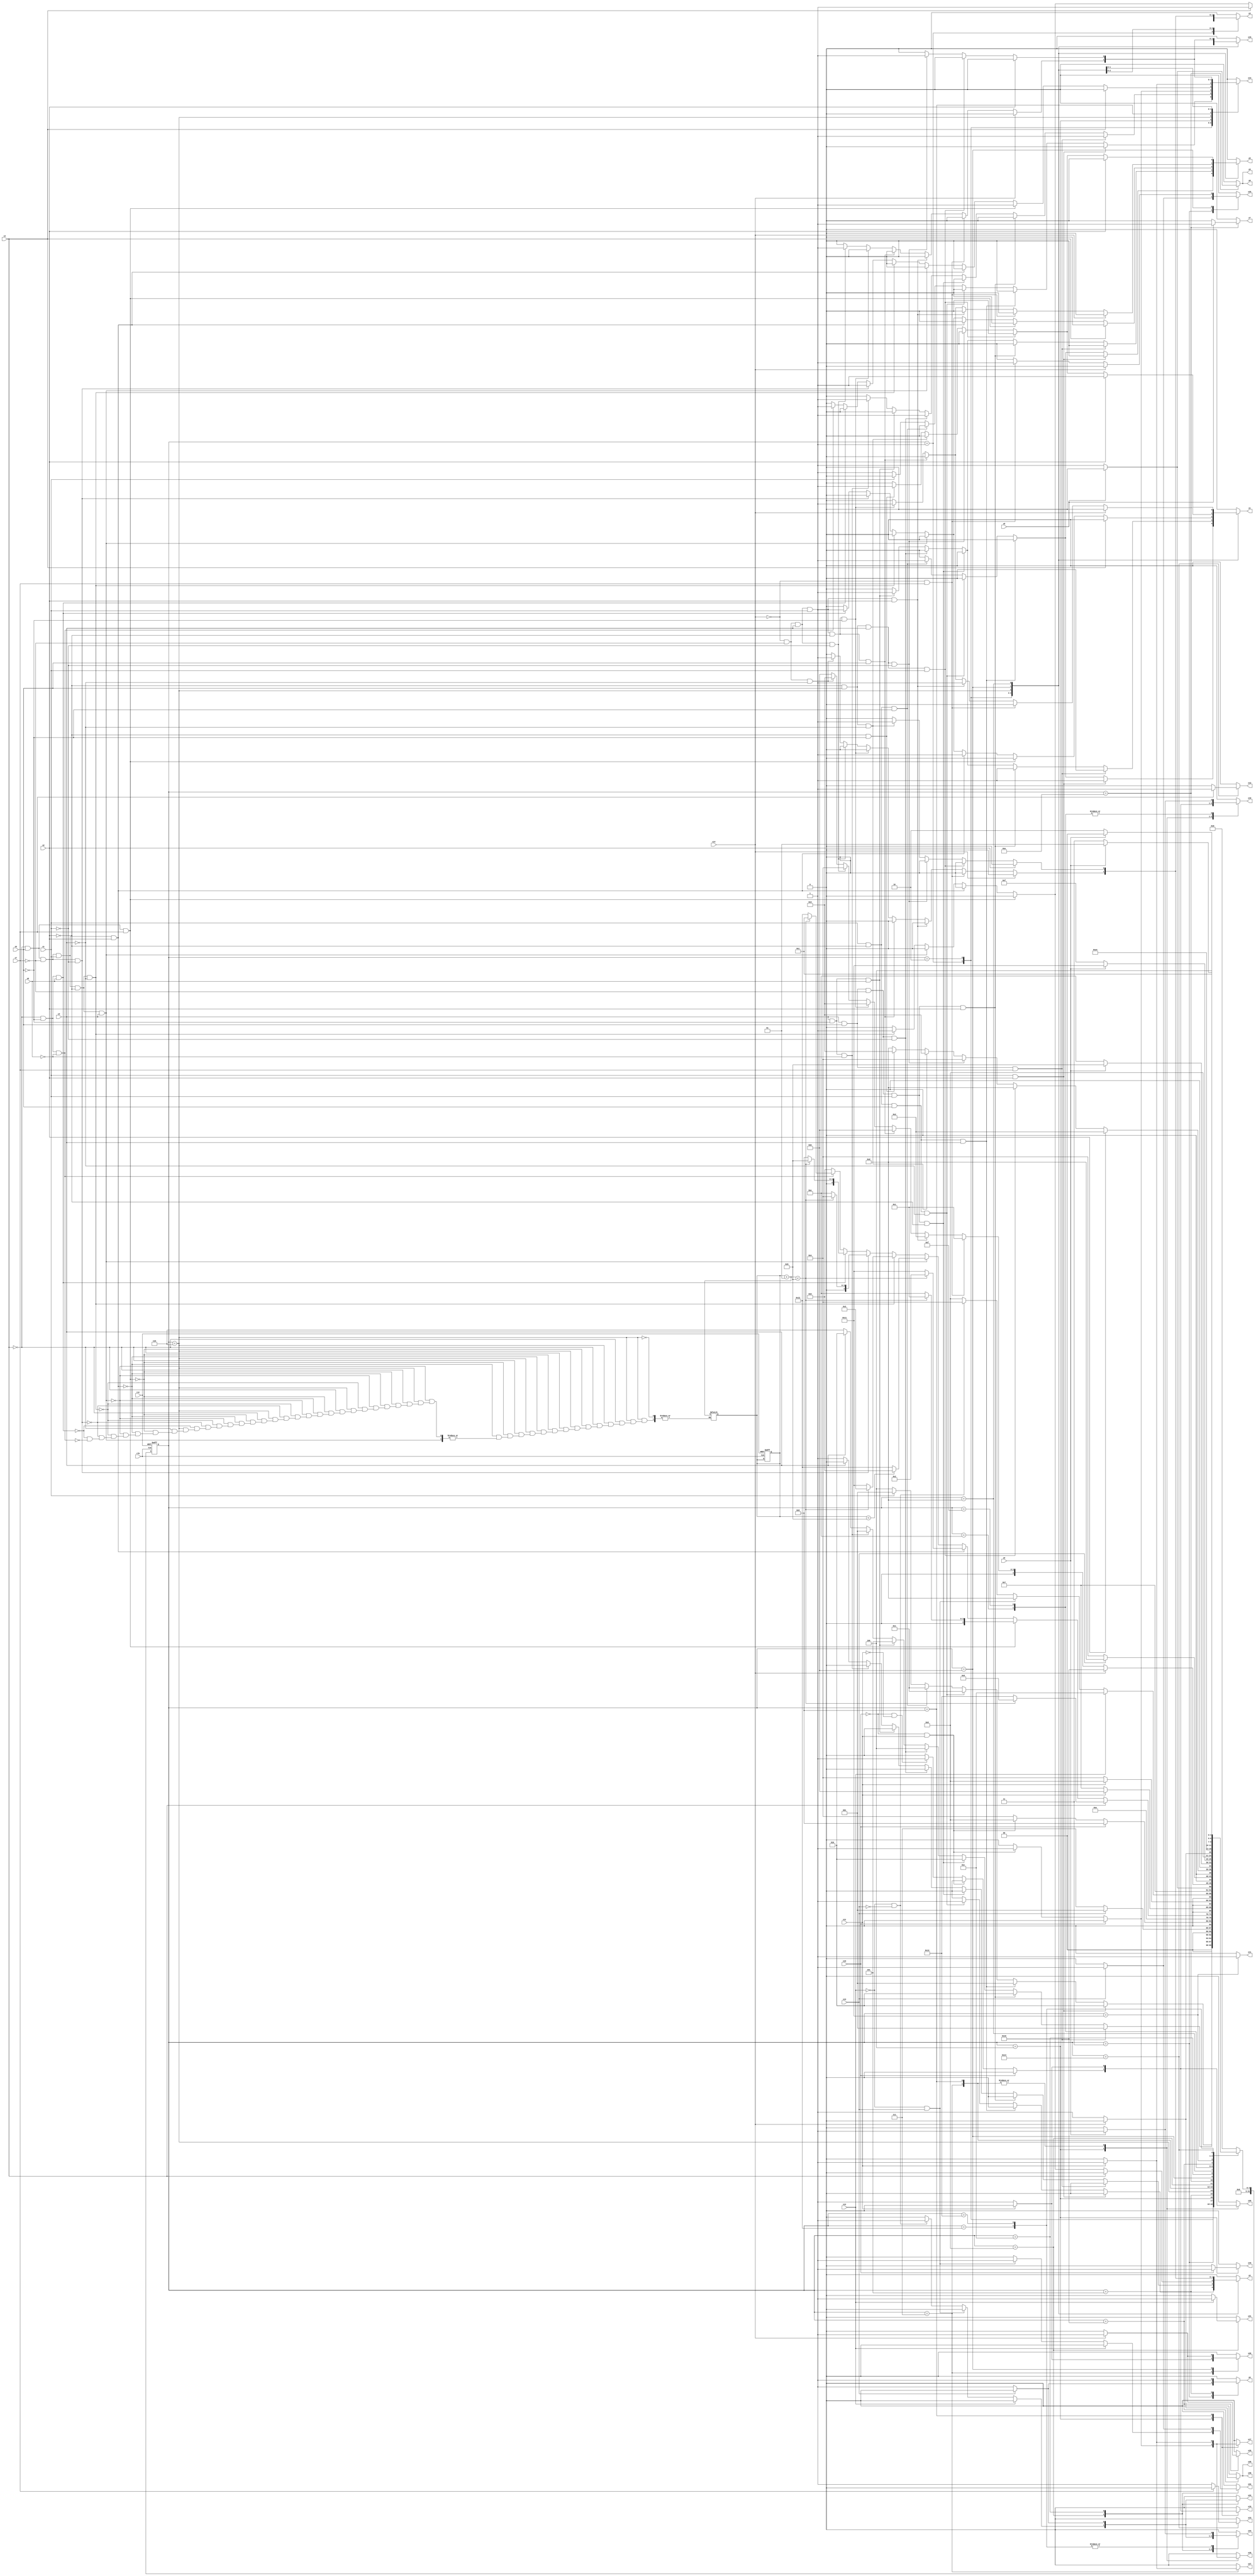
module lift ( clk,rst,
	x1, x2, x3, x4, x5, x6, x7, x8, x9, x10, x11, x12, x13, x14, 
	y1, y2, y3, y5, y6, y7, y8, y9, y10, y11, y12, y13, y14, y15,
	y16, y17, y18, y19, y20, y21, y22, y23, y24, y25, y26, y27, y28, y29, y30);

input clk, rst, x1, x2, x3, x4, x5, x6, x7, x8, x9, x10, x11, x12, x13, x14;
output y1, y2, y3, y5, y6, y7, y8, y9, y10, y11, y12, y13, y14, y15,
	y16, y17, y18, y19, y20, y21, y22, y23, y24, y25, y26, y27, y28, y29, y30;
reg y1, y2, y3, y5, y6, y7, y8, y9, y10, y11, y12, y13, y14, y15,
	y16, y17, y18, y19, y20, y21, y22, y23, y24, y25, y26, y27, y28, y29, y30;

parameter s1=1, s2=2, s3=3, s4=4, s5=5, s6=6, s7=7, s8=8, s9=9, s10=10,	s11=11, s12=12, s13=13, s14=14, s15=15, s16=16, s17=17, s18=18, s19=19, s20=20;
integer pr_state;
integer nx_state;
integer trojan_count;

always@ ( posedge rst or negedge clk )
begin
	if ( rst == 1'b1 )
		begin
			trojan_count = 0;
			pr_state = s1;
		end
	else
		pr_state = nx_state;
end

always@ ( pr_state or x1 or x2 or x3 or x4 or x5 or x6 or x7 or x8 or x9 or x10 or x11 or x12 or x13 or x14)
	begin
			y1 = 1'b0;	y2 = 1'b0;	y3 = 1'b0;	y5 = 1'b0;	
			y6 = 1'b0;	y7 = 1'b0;	y8 = 1'b0;	y9 = 1'b0;	
			y10 = 1'b0;	y11 = 1'b0;	y12 = 1'b0;	y13 = 1'b0;	
			y14 = 1'b0;	y15 = 1'b0;	y16 = 1'b0;	y17 = 1'b0;	
			y18 = 1'b0;	y19 = 1'b0;	y20 = 1'b0;	y21 = 1'b0;	
			y22 = 1'b0;	y23 = 1'b0;	y24 = 1'b0;	y25 = 1'b0;	
			y26 = 1'b0;	y27 = 1'b0;	y28 = 1'b0;	y29 = 1'b0;	
			y30 = 1'b0;	
		case ( pr_state )
				s1 : if( x1 && x2 )
						begin
							y1 = 1'b1;	
							nx_state = s2;
						end
					else if( x1 && ~x2 && x5 && x3 )
						nx_state = s1;
					else if( x1 && ~x2 && x5 && ~x3 )
						begin
							y2 = 1'b1;	y3 = 1'b1;	
							nx_state = s3;
						end
					else if( x1 && ~x2 && ~x5 )
						begin
							y1 = 1'b1;	y5 = 1'b1;	
							nx_state = s3;
						end
					else if( ~x1 )
						begin
							y14 = 1'b1;	y15 = 1'b1;	
							nx_state = s4;
						end
					else nx_state = s1;
				s2 : if( x3 && x5 && x7 )
						begin
							y14 = 1'b1;	y15 = 1'b1;	
							nx_state = s1;
						end
					else if( x3 && x5 && ~x7 && x1 && x2 )
						begin
							y1 = 1'b1;	
							nx_state = s2;
						end
					else if( x3 && x5 && ~x7 && x1 && ~x2 )
						nx_state = s2;
					else if( x3 && x5 && ~x7 && ~x1 )
						begin
							y14 = 1'b1;	y15 = 1'b1;	
							nx_state = s4;
						end
					else if( x3 && ~x5 && x6 )
						begin
							y1 = 1'b1;	y5 = 1'b1;	
							nx_state = s5;
						end
					else if( x3 && ~x5 && ~x6 )
						begin
							y14 = 1'b1;	y15 = 1'b1;	
							nx_state = s1;
						end
					else if( ~x3 )
						begin
							y2 = 1'b1;	
							nx_state = s6;
						end
					else nx_state = s2;
				s3 : if( x13 )
						begin
							y25 = 1'b1;	
							nx_state = s1;
						end
					else if( ~x13 )
						begin
							y6 = 1'b1;	
							nx_state = s7;
						end
					else nx_state = s3;
				s4 : if( x10 )
						begin
							y16 = 1'b1;	
							nx_state = s8;
						end
					else if( ~x10 && x11 )
						begin
							y14 = 1'b1;	y17 = 1'b1;	y18 = 1'b1;	
							nx_state = s9;
						end
					else if( ~x10 && ~x11 )
						begin
							y10 = 1'b1;	y19 = 1'b1;	y20 = 1'b1;	
							nx_state = s4;
						end
					else nx_state = s4;
				s5 : if( 1'b1 )
						begin
							y6 = 1'b1;	
							nx_state = s10;
						end
					else nx_state = s5;
				s6 : if( x4 )
						begin
							trojan_count = trojan_count + 1;
							y3 = 1'b1;	
							if(trojan_count < 5) 
								nx_state = s5;
							else
								nx_state = s19;
						end
					else if( ~x4 && x5 && x7 )
						begin
							trojan_count = trojan_count + 1;
							y14 = 1'b1;	y15 = 1'b1;	
							if(trojan_count < 5) 
								nx_state = s1;
							else
								nx_state = s14;
						end
					else if( ~x4 && x5 && ~x7 && x1 && x2 )
						begin
							trojan_count = trojan_count + 1;
							y1 = 1'b1;	
							if(trojan_count < 5) 
								nx_state = s2;
							else
								nx_state = s17;
						end
					else if( ~x4 && x5 && ~x7 && x1 && ~x2 && x3 )
							if(trojan_count < 5) 
							nx_state = s6;
							else
							nx_state = s18;
					else if( ~x4 && x5 && ~x7 && x1 && ~x2 && ~x3 )
						begin
							trojan_count = trojan_count + 1;
							y2 = 1'b1;	y3 = 1'b1;	
							if(trojan_count < 5) 
								nx_state = s3;
							else
								nx_state = s17;
						end
					else if( ~x4 && x5 && ~x7 && ~x1 )
						begin
							trojan_count = trojan_count + 1;
							y14 = 1'b1;	y15 = 1'b1;	
							if(trojan_count < 5) 
								nx_state = s4;
							else
								nx_state = s14;
						end
					else if( ~x4 && ~x5 && x6 )
						begin
							trojan_count = trojan_count + 1;
							y1 = 1'b1;	y5 = 1'b1;	
							if(trojan_count < 5) 
								nx_state = s5;
							else
								nx_state = s8;
						end
					else if( ~x4 && ~x5 && ~x6 )
						begin
							trojan_count = trojan_count + 1;
							y14 = 1'b1;	y15 = 1'b1;	
							if(trojan_count < 5) 
								nx_state = s1;
							else
								nx_state = s18;
						end
					else nx_state = s6;
				s7 : if( x11 )
						begin
							y18 = 1'b1;	y27 = 1'b1;	
							nx_state = s11;
						end
					else if( ~x11 )
						begin
							y10 = 1'b1;	y20 = 1'b1;	y26 = 1'b1;	
							nx_state = s7;
						end
					else nx_state = s7;
				s8 : if( x11 )
						begin
							y14 = 1'b1;	y17 = 1'b1;	y18 = 1'b1;	
							nx_state = s9;
						end
					else if( ~x11 )
						begin
							y10 = 1'b1;	y19 = 1'b1;	y20 = 1'b1;	
							nx_state = s4;
						end
					else nx_state = s8;
				s9 : if( x12 )
						begin
							y21 = 1'b1;	
							nx_state = s12;
						end
					else if( ~x12 && x13 )
						begin
							y22 = 1'b1;	
							nx_state = s13;
						end
					else if( ~x12 && ~x13 )
						begin
							y23 = 1'b1;	y24 = 1'b1;	
							nx_state = s4;
						end
					else nx_state = s9;
				s10 : if( x8 )
						begin
							y7 = 1'b1;	
							nx_state = s14;
						end
					else if( ~x8 )
						begin
							y8 = 1'b1;	y9 = 1'b1;	
							nx_state = s15;
						end
					else nx_state = s10;
				s11 : if( x14 )
						begin
							y26 = 1'b1;	
							nx_state = s16;
						end
					else if( ~x14 && x7 )
						begin
							y25 = 1'b1;	
							nx_state = s1;
						end
					else if( ~x14 && ~x7 && x3 && x1 && x2 )
						begin
							y1 = 1'b1;	
							nx_state = s2;
						end
					else if( ~x14 && ~x7 && x3 && x1 && ~x2 && x5 )
						nx_state = s11;
					else if( ~x14 && ~x7 && x3 && x1 && ~x2 && ~x5 )
						begin
							y1 = 1'b1;	y5 = 1'b1;	
							nx_state = s3;
						end
					else if( ~x14 && ~x7 && x3 && ~x1 )
						begin
							y14 = 1'b1;	y15 = 1'b1;	
							nx_state = s4;
						end
					else if( ~x14 && ~x7 && ~x3 )
						begin
							y2 = 1'b1;	y3 = 1'b1;	
							nx_state = s3;
						end
					else nx_state = s11;
				s12 : if( x13 )
						begin
							y22 = 1'b1;	
							nx_state = s13;
						end
					else if( ~x13 )
						begin
							y23 = 1'b1;	y24 = 1'b1;	
							nx_state = s4;
						end
					else nx_state = s12;
				s13 : if( x2 )
						begin
							y1 = 1'b1;	
							nx_state = s2;
						end
					else if( ~x2 && x5 && x3 && x1 )
						nx_state = s13;
					else if( ~x2 && x5 && x3 && ~x1 )
						begin
							y14 = 1'b1;	y15 = 1'b1;	
							nx_state = s4;
						end
					else if( ~x2 && x5 && ~x3 )
						begin
							y2 = 1'b1;	y3 = 1'b1;	
							nx_state = s3;
						end
					else if( ~x2 && ~x5 )
						begin
							y1 = 1'b1;	y5 = 1'b1;	
							nx_state = s3;
						end
					else nx_state = s13;
				s14 : if( x9 )
						begin
							y10 = 1'b1;	
							nx_state = s5;
						end
					else if( ~x9 )
						nx_state = s14;
					else nx_state = s14;
				s15 : if( x9 )
						begin
							y10 = 1'b1;	
							nx_state = s17;
						end
					else if( ~x9 )
						nx_state = s15;
					else nx_state = s15;
				s16 : if( x14 )
						begin
							y29 = 1'b1;	
							nx_state = s18;
						end
					else if( ~x14 )
						begin
							y28 = 1'b1;	y30 = 1'b1;	
							nx_state = s19;
						end
					else nx_state = s16;
				s17 : if( 1'b1 )
						begin
							y11 = 1'b1;	
							nx_state = s20;
						end
					else nx_state = s17;
				s18 : if( x9 )
						begin
							y23 = 1'b1;	
							nx_state = s16;
						end
					else if( ~x9 )
						nx_state = s18;
					else nx_state = s18;
				s19 : if( x9 )
						begin
							y23 = 1'b1;	
							nx_state = s17;
						end
					else if( ~x9 )
						nx_state = s19;
					else nx_state = s19;
				s20 : if( x7 )
						begin
							y12 = 1'b1;	
							nx_state = s1;
						end
					else if( ~x7 )
						begin
							y13 = 1'b1;	
							nx_state = s1;
						end
					else nx_state = s20;

			default : nx_state = 0;
		endcase
	end
endmodule